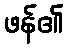
ဖန်၏